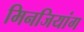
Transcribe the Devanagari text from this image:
मिनजियांग